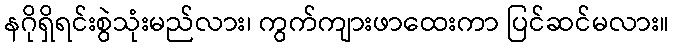
နဂိုရှိရင်းစွဲသုံးမည်လား၊ ကွက်ကျားဖာထေးကာ ပြင်ဆင်မလား။